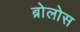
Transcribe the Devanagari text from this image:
ब्रोलोस